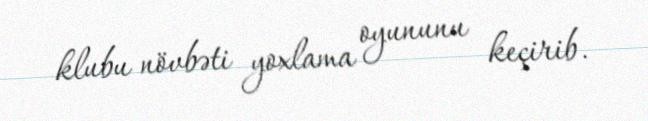
klubu növbəti yoxlama oyununu keçirib.